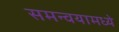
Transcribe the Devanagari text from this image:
समन्वयामध्ये